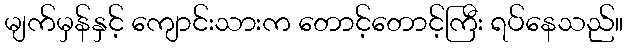
မျက်မှန်နှင့် ကျောင်းသားက တောင့်တောင့်ကြီး ရပ်နေသည်။